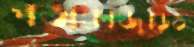
পতাকাজুড়েও